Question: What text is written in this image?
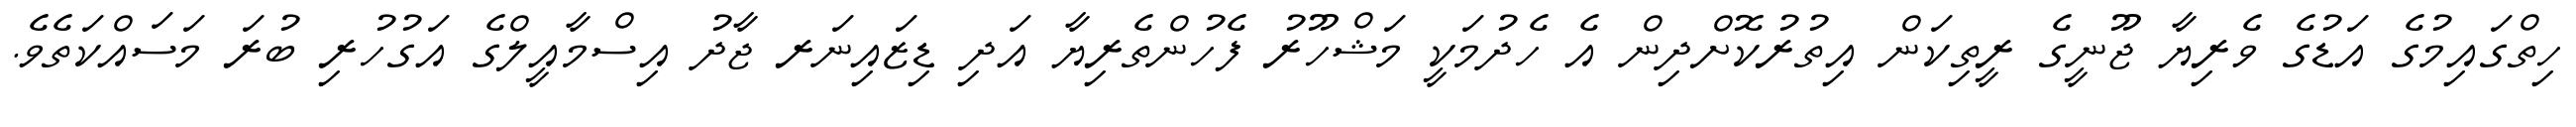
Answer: ހިތްގައިމުގެ އަޑުގެ ވެރިޔާ ޖޫނީގެ ރީތިކަން އިތުރުކޮށްދިން އެ ހެދުމަކީ މަޝްހޫރު ފެހުންތެރިޔާ އަދި ޑިޒައިނަރ ޖާދު އިސްމާއީލްގެ އަގުހުރި ބުރަ މަސައްކަތެވެ.